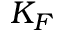
K _ { F }